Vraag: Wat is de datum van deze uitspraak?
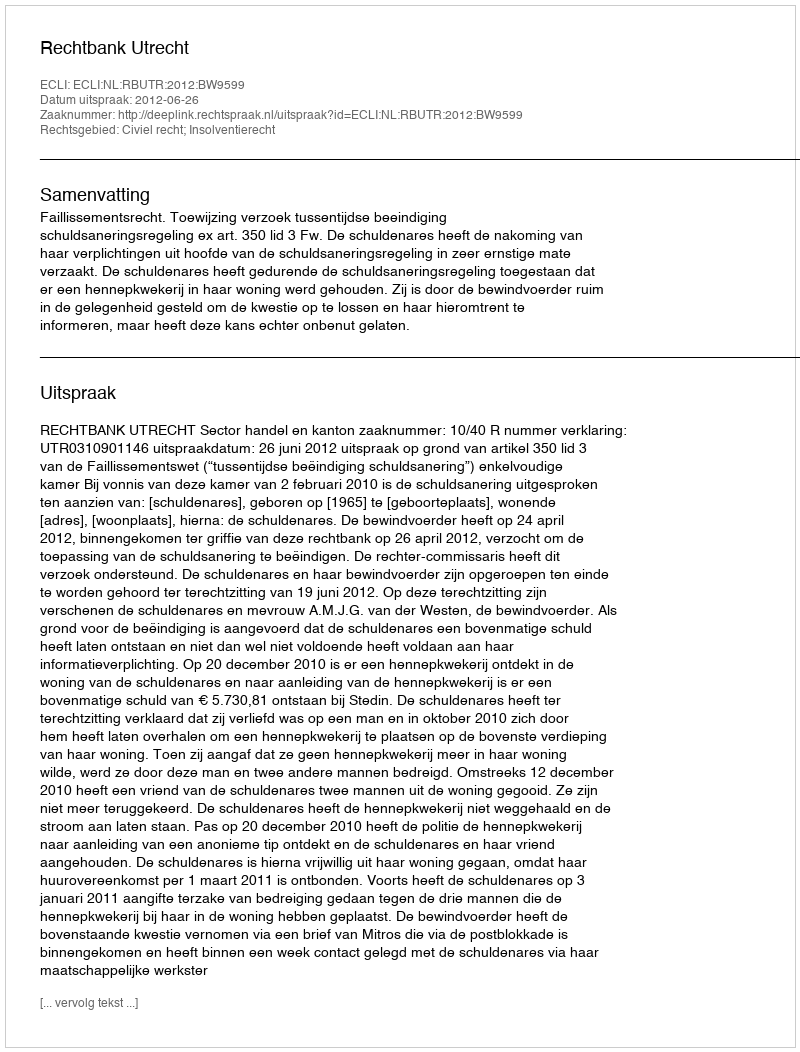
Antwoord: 2012-06-26